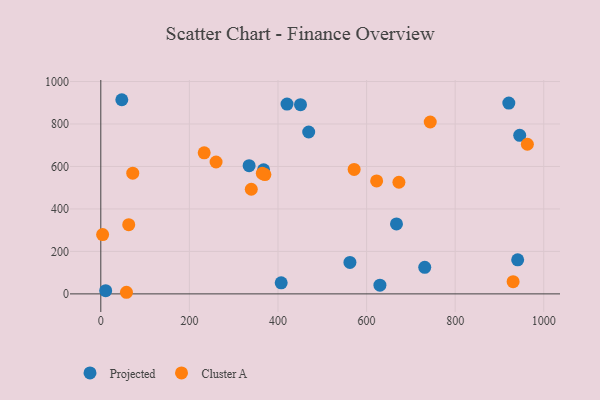
{"axis": {"x": "Ad Spend", "y": "Fuel Efficiency"}, "legend": ["Cluster A", "Projected"], "data": [{"x": "334.8", "y": 603.7, "type": "Projected"}, {"x": "667.5", "y": 329.4, "type": "Projected"}, {"x": "47.4", "y": 914.3, "type": "Projected"}, {"x": "562.4", "y": 148.2, "type": "Projected"}, {"x": "731.3", "y": 125.2, "type": "Projected"}, {"x": "407.2", "y": 52.1, "type": "Projected"}, {"x": "367.5", "y": 584.1, "type": "Projected"}, {"x": "941.1", "y": 160.3, "type": "Projected"}, {"x": "945.7", "y": 746.5, "type": "Projected"}, {"x": "420.4", "y": 894.0, "type": "Projected"}, {"x": "469.3", "y": 762.4, "type": "Projected"}, {"x": "630.1", "y": 41.2, "type": "Projected"}, {"x": "450.8", "y": 890.8, "type": "Projected"}, {"x": "921.1", "y": 898.7, "type": "Projected"}, {"x": "11.0", "y": 15.2, "type": "Projected"}, {"x": "233.4", "y": 664.1, "type": "Cluster A"}, {"x": "622.7", "y": 532.0, "type": "Cluster A"}, {"x": "930.8", "y": 57.4, "type": "Cluster A"}, {"x": "673.0", "y": 525.8, "type": "Cluster A"}, {"x": "63.0", "y": 326.0, "type": "Cluster A"}, {"x": "339.7", "y": 492.8, "type": "Cluster A"}, {"x": "963.0", "y": 704.6, "type": "Cluster A"}, {"x": "571.9", "y": 586.2, "type": "Cluster A"}, {"x": "57.9", "y": 7.6, "type": "Cluster A"}, {"x": "370.4", "y": 561.8, "type": "Cluster A"}, {"x": "364.6", "y": 567.5, "type": "Cluster A"}, {"x": "72.1", "y": 568.5, "type": "Cluster A"}, {"x": "4.1", "y": 279.5, "type": "Cluster A"}, {"x": "260.2", "y": 621.0, "type": "Cluster A"}, {"x": "743.7", "y": 809.4, "type": "Cluster A"}]}